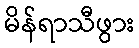
မိန်ရာသီဖွား